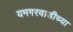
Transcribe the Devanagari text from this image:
यमगरवाडीच्या